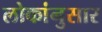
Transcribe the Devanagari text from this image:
लोकांनुसार